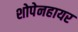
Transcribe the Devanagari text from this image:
शोपेनहायर